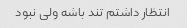
انتظار داشتم تند باشه ولی نبود